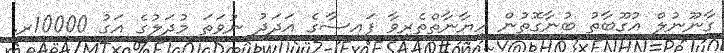
ގާނޫނުލް އުގޫބާތު ބުނާގޮތުން ހިޔާނާތްތެރިވާ ފައިސާގެ އަދަދު ނުވަތަ މުދަލުގެ އަގު 10000ރ.